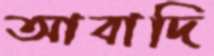
আবাদি